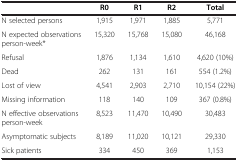
<table><thead><tr><td>[EMPTY_CELL]</td><td><b>R0</b></td><td><b>R1</b></td><td><b>R2</b></td><td><b>Total</b></td></tr></thead><tbody><tr><td>N selected persons</td><td>1,915</td><td>1,971</td><td>1,885</td><td>5,771</td></tr><tr><td>N expected observations person-week*</td><td>15,320</td><td>15,768</td><td>15,080</td><td>46,168</td></tr><tr><td>Refusal</td><td>1,876</td><td>1,134</td><td>1,610</td><td>4,620 (10%)</td></tr><tr><td>Dead</td><td>262</td><td>131</td><td>161</td><td>554 (1.2%)</td></tr><tr><td>Lost of view</td><td>4,541</td><td>2,903</td><td>2,710</td><td>10,154 (22%)</td></tr><tr><td>Missing information</td><td>118</td><td>140</td><td>109</td><td>367 (0.8%)</td></tr><tr><td>N effective observations person-week</td><td>8,523</td><td>11,470</td><td>10,490</td><td>30,483</td></tr><tr><td>Asymptomatic subjects</td><td>8,189</td><td>11,020</td><td>10,121</td><td>29,330</td></tr><tr><td>Sick patients</td><td>334</td><td>450</td><td>369</td><td>1,153</td></tr></tbody></table>